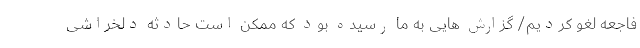
فاجعه لغو کردیم/ گزارش هایی به ما رسیده بود که ممکن است حادثه دلخراشی